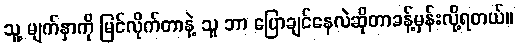
သူ့ မျက်နှာကို မြင်လိုက်တာနဲ့ သူ ဘာ ပြောချင်နေလဲဆိုတာခန့်မှန်းလို့ရတယ်။